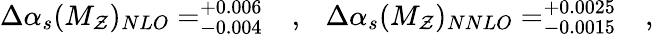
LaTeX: \Delta\alpha_{s}(M_{\mathcal{Z}})_{NLO}=_{-0.004}^{+0.006}~~~,~~~\Delta\alpha_{s}(M_{\mathcal{Z}})_{NNLO}=_{-0.0015}^{+0.0025}~~~,